Calcutta medical institutions reports 1892-1900
Year: 1892
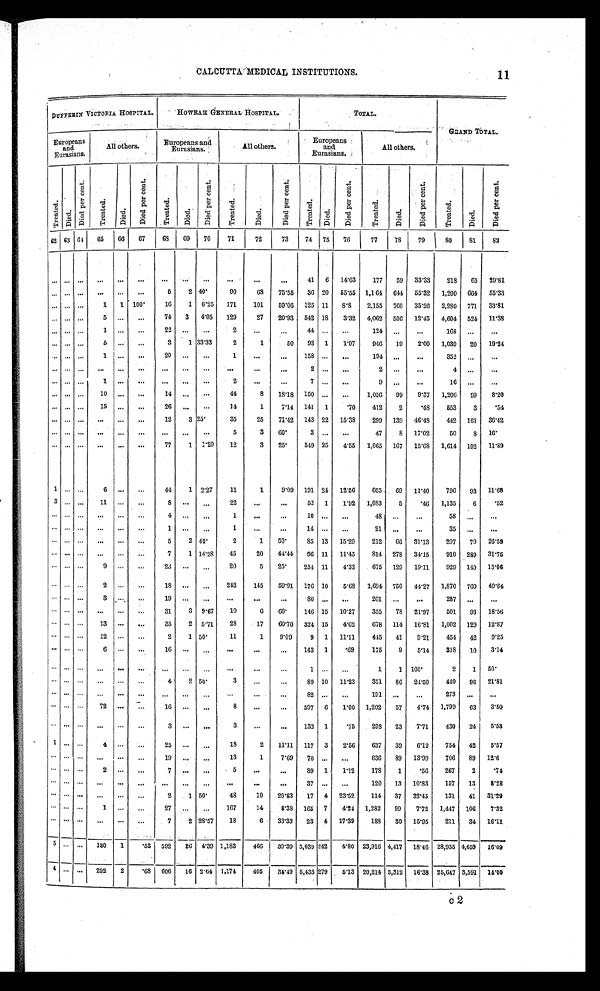
CALCUTTA MEDICAL INSTITUTIONS.
DUFFERIN VICTORIA HOSPITAL.
HOWRAH GENERAL HOSPITAL.
TOTAL.
GLAND TOTAL.
Europeans
and
Eurasians.
All others.
Europeans and
Eurasians.
All others.
Europeans
and
Eurasians.
All others.
T r e a t e d .
D i e d .
D i e d p e r c e n t .
T r e a t e d .
Died.
D i e d p e r c e n t .
T r e a t e d .
D i e d .
D i e d p e r c e n t .
T r e a t e d .
D i e d
D i e d p e r c e n t .
T r e a t e d .
D i e d .
D i e d p e r c e n t .
T r e a t e d .
D i e d .
D i e d p e r c e n t .
T r e a t e d .
D i e d .
D i e d .
62 63 64
65
6 6 67
68 69
70
71
72
73
74
75
76
77
78
79
80
81
82
. . .
. . .
. . .
. . .
. . .
. . .
. . .
. . .
. . .
. . .
. . .
. . .
41
6
14.63
177
59
33.33
218
65
29.81
. . .
. . .
. . .
. . .
. . .
. . .
5
2 40.
90
6 8
75.55
36 20
55.55
1,1 64 644
55.32
1,200
664
55.33
. . .
. . .
. . .
1
1
100.
16
1
6.25
171
101
59.06 125 11
8 . 8
2,155
760
35.26
2,280
771
33.81
. . .
. . .
. . .
5 . . .
. . .
74
3
4.05
129
27
20.93
542
1 8
3.32
4,062
506
12.45
4,604 524
11.38
. . .
. . .
. . .
1
. . .
. . .
22
. . .
. . .
2
. . .
4 4
. . .
. . .
. . .
124
. . .
. . .
168
. . .
. . .
. . .
. . .
. . .
5
. . .
. . .
3
1 33.33
2
1
50
93
1
1.07
946
19
2.00
1,039
20
19.24
. . .
. . .
. . .
1 . . .
. . .
2 0
. . .
. . .
1
. . .
. . .
158
. . .
. . .
194
. . .
. . .
352
. . .
. . .
. . .
. . .
. . .
. . .
. . .
. . .
. . .
. . .
. . .
. . .
. . .
. . .
. . .
2
. . .
2
. . .
. . .
4
. . .
. . .
. . .
. . .
. . .
1 . . .
. . . . . .
. . .
. . .
2
. . .
. . .
7
. . .
. . .
9
. . .
. . .
16
. . .
. . .
. . .
. . .
. . .
1 4 . . .
. . .
14
. . .
. . .
44
8
18.18
150
. . .
. . .
1,056
99
9.37
1,206
99
8.20
. . .
. . .
. . .
15
. . .
. . .
26
. . . . . .
14
1
7.14
141
1
.70
412
2
.48
553
3
.54
. . .
. . .
. . .
. . .
. . .
. . .
12
3 25.
35
25
71.42
143 22
15.38
299
139
46.48
442
161
36.42
. . .
. . .
. . .
. . .
. . .
. . .
. . .
. . .
. . .
5
3
60.
3
. . .
. . .
47
8
17.02
50
8
16.
. . .
. . .
. . .
. . .
. . .
. . .
77
1
1.29
12
3
25.
549 25
4.55
1,065
167
15.68
1,614
192
11.89
1
. . .
. . .
6 . . .
. . .
44
1 2.27
11
1
9.09
191 24
12.56
605
69
11.40
796
93
11.68
3
. . .
. . .
11
. . .
. . .
8
. . .. . .
22
. . .
. . .
52
1
1.92
1,083
5
.46
1,135
6
.52
. . .
. . .
. . .
. . . . . .
. . .
4
. . .
. . .
1
. . .
. . .
1 0
. . .
. . .
4 8
. . .. . .
58
. . .
. . .
. . .
. . .
. . .
. . .
. . .
. . .
1
. . . . . .
1
. . .
. . .
14
. . .
. . .
21
. . .
. . .
35
. . .
. . .
. . .
. . .
. . .
. . .
. . .
. . .
5
2 40.
2
1
50.
8 5 .
1 3 15.29
212
66
31.13
297
79
26.59
. . .
. . .
. . .
. . .
. . .
. . .
7
1 14.28
45
20
44.44
96 11
11.45
814
278
34.15
910
289
31.75
. . .
. . .
. . .
9
. . .
. . .
2 3
. . .. . .
20
5
25.
254 11
4.33
675
129
19.11
929
140
15.06
. . .
. . .
. . .
2
. . .
. . .
18
. . .
. . .
242
145
59.91 176 10
5.68
1,694
750
44.27
1,870
760
40.64
. . .
. . .
. . .
3
. . .
. . .
1 9
. . . . . .
. . .
. . .
. . .
8 6
. . .. . .
201
. . .
. . .
287
. . .
. . .
. . .
. . .
. . .
. . .
. . .
. . .
31
3
9.67
10
6
6 0 .
146 15
10.27
355
78
21.97
501
93
18.56
. . .
. . .
. . .13
. . .
. . .
35
2
5.71
28
17
60.70
324 15
4.62
678
114
16.81
1,002
129
12.87
. . .
. . .
. . .
12
. . .
. . .
2
1 50.
11
1
9.09
9
1
11.11
445
41
9.21
454
42
9.25
. . .
. . .
. . .
6
. . .
. . .
1 6
. . .
. . .
. . .
. . .
. . .
143
1
.69
175
9
5.14
318
10
3.14
. . .
. . .
. . .
. . .
. . .
. . .
. . .. . .
. . .
. . .
. . . . . .
1
. . .
. . .
1
1
100.
2
1
50.
. . .
. . .
. . .
. . .
. . .
. . .
4
2 50.
3
. . .
. . .
89 10
11.23
351
86
24.50
440
96
21.81
. . .
. . .
. . .
. . .
. . .
. . .
. . .
. . .
. . .
. . .
. . .
. . .
82
. . .
. . .
191
. . .
. . .
273
. . .
. . .
. . .
. . .
. . .72
. . .
. . . 16
. . .
. . .
8
. . .
. . .
597
6
1.00
1,202
57
4.74
1,799
63
3.50
. . .
. . .
. . .
. . .
. . .
. . .
3
. . .
. . .
3
. . .
. . .
132
1
.75
298
23
7.71
430
24
5.58
1
. . .
. . .
4
. . .
. . .
25
. . .
. . .
18
2
11.11
117
3
2.56
637
39
6.12
754
42
5.57
. . .
. . .
. . .
. . .
. . .
. . .
1 9 . . .
. . .
13
1
7.69
70
. . .
. . .
636
89
13.99
706
89
12.6
. . .
. . .
. . .
2
. . .
. . .
7
. . .
. . .
5
. . .
. . .
89
1
1.12
178
1
.56
267
2
.74
. . .
. . .
. . .
. . .
. . .
. . .
. . .
. . .
. . .
. . .
. . .
. . .
37
. . .
. . .
120
13
10.83
157
13
8.28
. . .
. . .
. . .
. . .
. . .
. . .
2
1 50.
48
10
20.83
17
4
23.52
114
37
32.45
131
41
31.29
. . .
. . .
. . .
1
. . .
. . .
27
. . .
. . .
167
14
8.38
165
7
4.24 1,282
99
7.72
1,447
106
7.32
. . .
. . .
. . .
. . .
. . .
. . .
7
2 28.57
18
6
33.33
23
4
17.39
188
30
15.95
211
34 16.11
5
. . . . . .
180
1
.53
592
26
4.39 1,183
466
39.39 5,039 242
4.80 23,916 4,417
18.46 28,955 4,659
16.09
4
. . . . . .
292
2
.68
606
16 2.64 1,174
405
34.49 5,433 279
5.13 20,214 3,312
16.38 25,647 3,591
14.00
11
c2